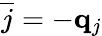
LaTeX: \overline{{j}}=-{\mathbf q}_{j}